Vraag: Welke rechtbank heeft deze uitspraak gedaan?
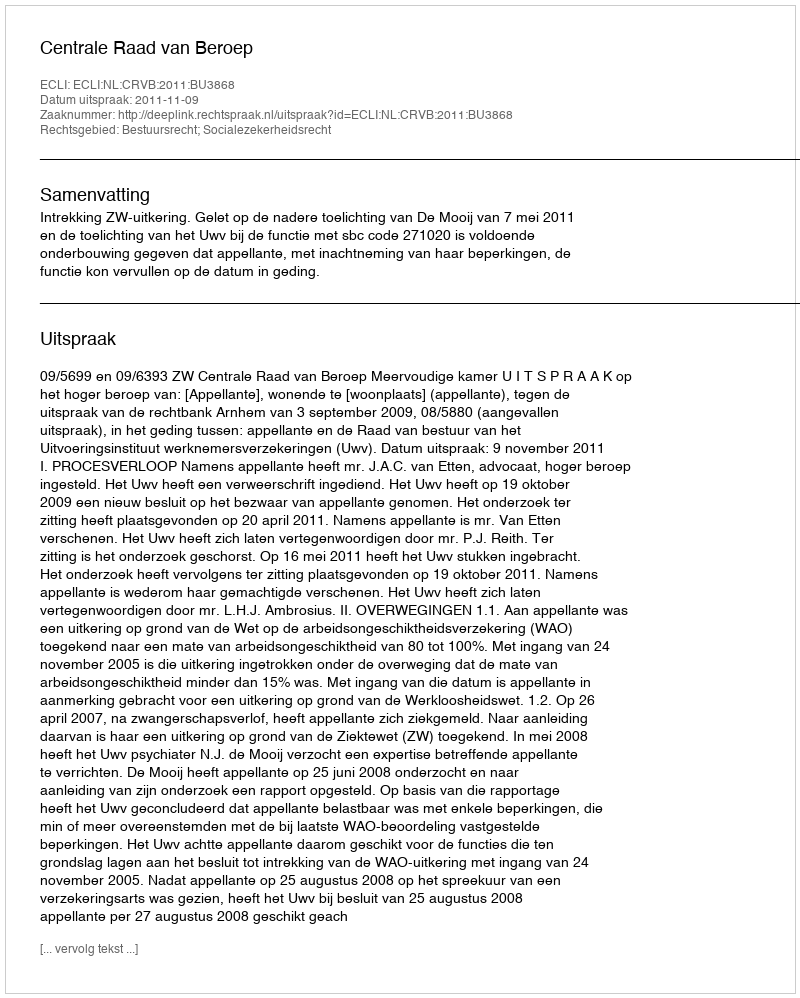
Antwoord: Centrale Raad van Beroep